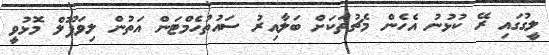
ލީގުގައި ރޭ ކުޅުނު އެހެން މެޗުތަކަށް ބަލާއިރު ސައުތުހެމްޓަން އަތުން ލިވަޕޫލް މޮޅުވީ